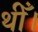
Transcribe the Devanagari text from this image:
थीँ।